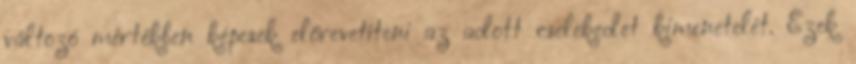
változó mértékben képesek előrevetíteni az adott cselekedet kimenetelét. Ezek